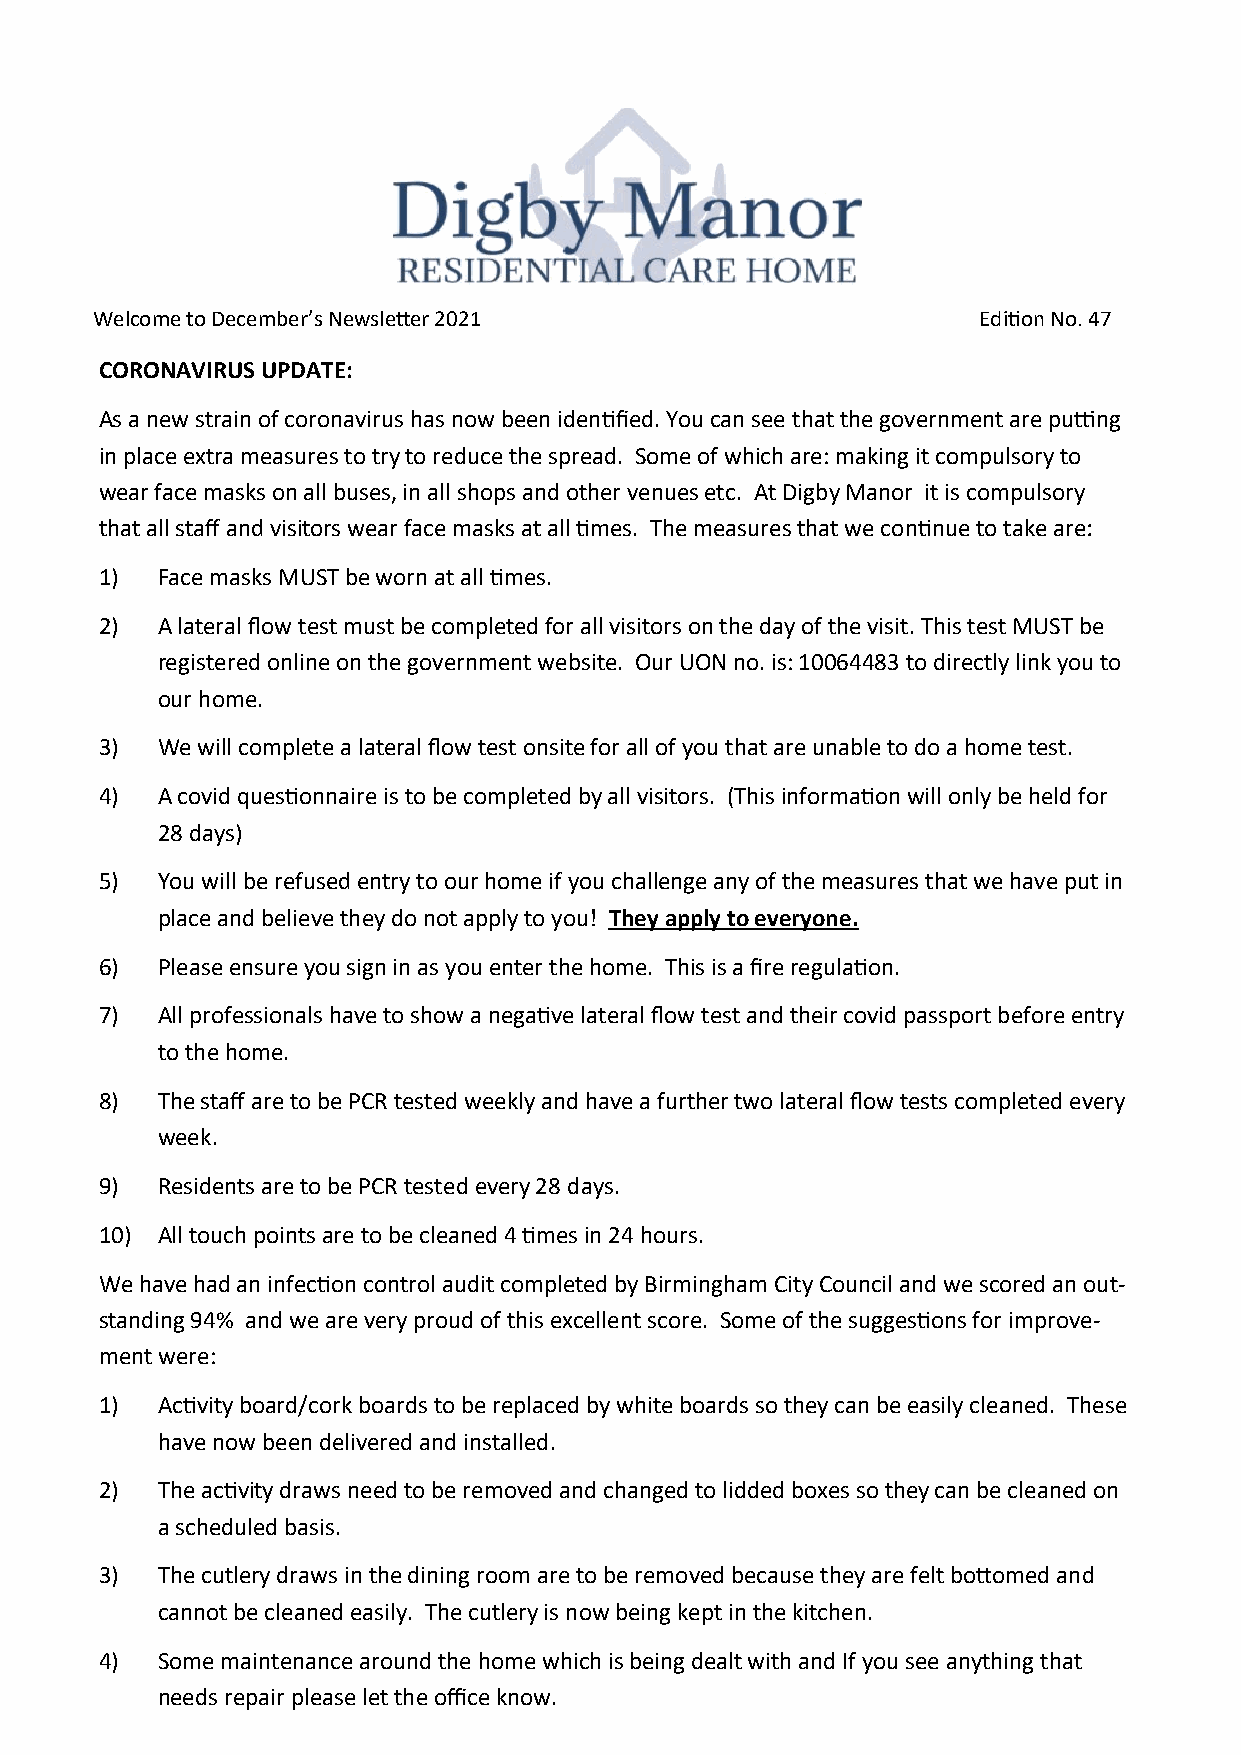
Welcome to December’s Newsletter 2021                      Edition No. 47
 CORONAVIRUS UPDATE:
 As a new strain of coronavirus has now been identified. You can see that the government are putting
 in place extra measures to try to reduce the spread. Some of which are: making it compulsory to
 wear face masks on all buses, in all shops and other venues etc. At Digby Manor it is compulsory
 that all staff and visitors wear face masks at all times. The measures that we continue to take are:
 1) Face masks MUST be worn at all times.
 2) A lateral flow test must be completed for all visitors on the day of the visit. This test MUST be
 registered online on the government website. Our UON no. is: 10064483 to directly link you to
 our home.
 3) We will complete a lateral flow test onsite for all of you that are unable to do a home test.
 4) A covid questionnaire is to be completed by all visitors. (This information will only be held for
 28 days)
 5) You will be refused entry to our home if you challenge any of the measures that we have put in
 place and believe they do not apply to you! They apply to everyone.
 6) Please ensure you sign in as you enter the home. This is a fire regulation.
 7) All professionals have to show a negative lateral flow test and their covid passport before entry
 to the home.
 8) The staff are to be PCR tested weekly and have a further two lateral flow tests completed every
 week.
 9) Residents are to be PCR tested every 28 days.
 10) All touch points are to be cleaned 4 times in 24 hours.
 We have had an infection control audit completed by Birmingham City Council and we scored an out-
 standing 94% and we are very proud of this excellent score. Some of the suggestions for improve-
 ment were:
 1) Activity board/cork boards to be replaced by white boards so they can be easily cleaned. These
 have now been delivered and installed.
 2) The activity draws need to be removed and changed to lidded boxes so they can be cleaned on
 a scheduled basis.
 3) The cutlery draws in the dining room are to be removed because they are felt bottomed and
 cannot be cleaned easily. The cutlery is now being kept in the kitchen.
 4) Some maintenance around the home which is being dealt with and If you see anything that
 needs repair please let the office know.